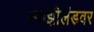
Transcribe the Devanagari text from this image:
स्वाझीलंडवर